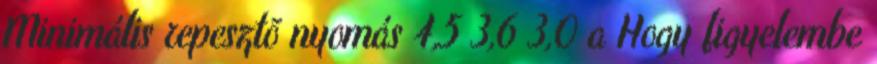
Minimális repesztõ nyomás 4,5 3,6 3,0 a Hogy figyelembe